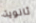
ثانوية